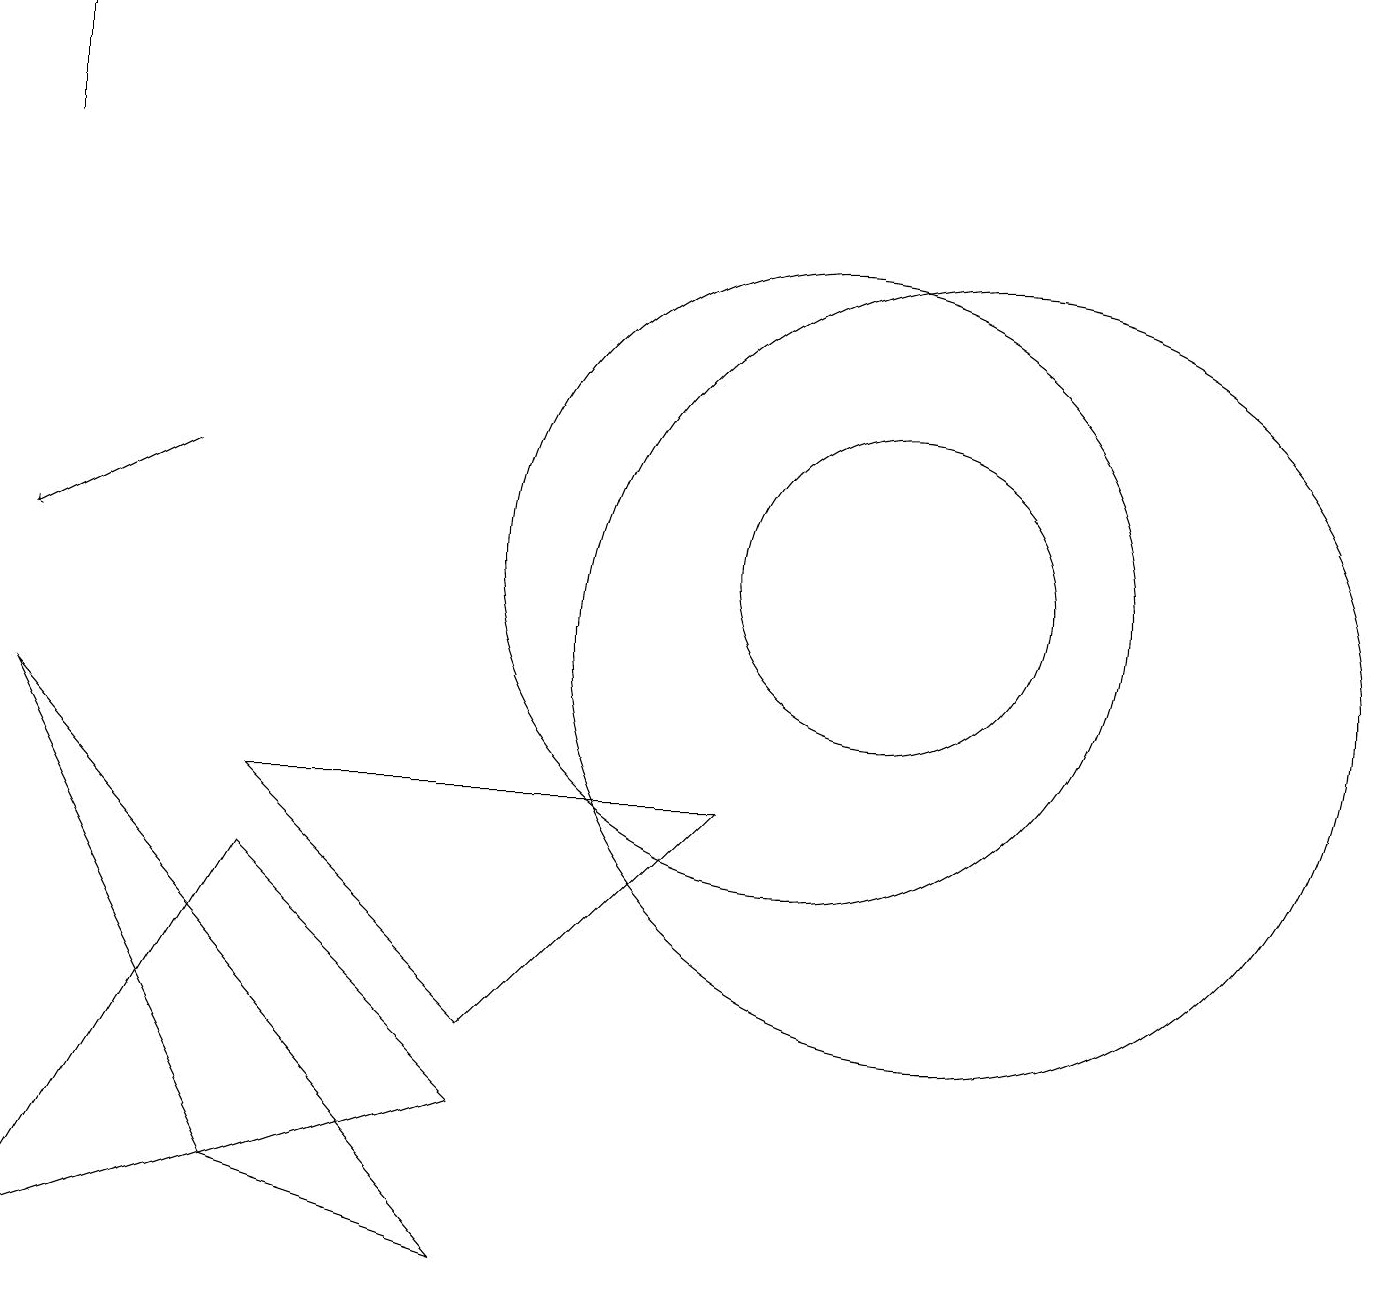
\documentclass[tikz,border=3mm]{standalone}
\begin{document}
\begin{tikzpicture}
\draw (0,9) -- (3,3) -- (6,2) -- cycle;
\draw (10,11) circle (4);
\draw[->] (2,12) -- (0,11);
\draw (0,16) rectangle (0,18);
\draw (12,10) circle (5);
\draw (3,8) -- (9,8) -- (6,5) -- cycle;
\draw (6,4) -- (0,2) -- (3,7) -- cycle;
\draw (11,11) circle (2);
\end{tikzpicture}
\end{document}